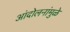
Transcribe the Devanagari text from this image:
आंदोलनांमुळे